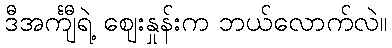
ဒီအင်္ကျီရဲ့ ဈေးနှုန်းက ဘယ်လောက်လဲ။